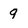
Character: 9